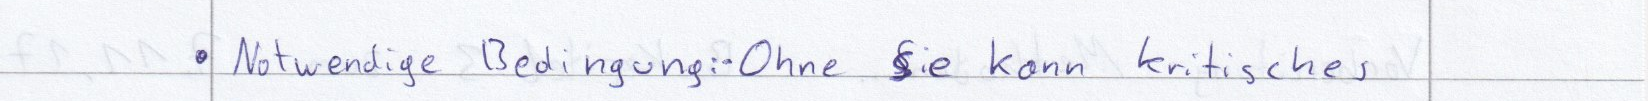
Notwendige Bedingung: Ohne sie kann kritisches